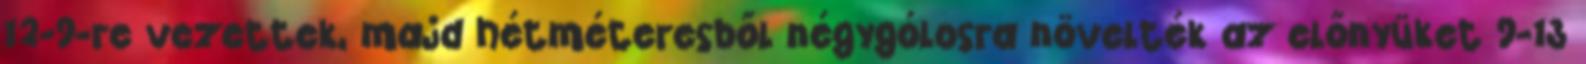
12-9-re vezettek, majd hétméteresből négygólosra növelték az előnyüket 9-13